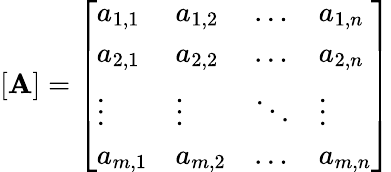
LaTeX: [\mathbf{A}]={\left[\begin{array}{llll}{a_{1,1}}&{a_{1,2}}&{\ldots}&{a_{1,n}}\\ {a_{2,1}}&{a_{2,2}}&{\ldots}&{a_{2,n}}\\ {\vdots}&{\vdots}&{\ddots}&{\vdots}\\ {a_{m,1}}&{a_{m,2}}&{\ldots}&{a_{m,n}}\end{array}\right]}